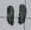
Text: 11